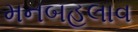
મનબહલાવ